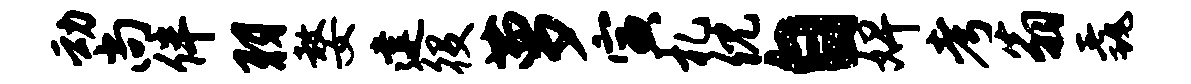
动尚伴羽嫠建役萝寅札倪自婢考翁毳